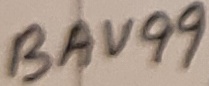
Text: BAV99